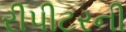
રીપીટરની